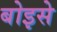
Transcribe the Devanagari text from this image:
बोइसे